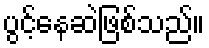
ပွင့်နေဆဲဖြစ်သည်။